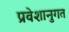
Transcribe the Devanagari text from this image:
प्रवेशानुगत